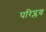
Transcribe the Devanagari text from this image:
परिप्लव